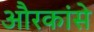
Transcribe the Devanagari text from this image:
औरकांसे